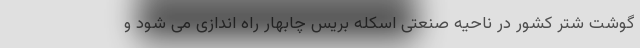
گوشت شتر کشور در ناحیه صنعتی اسکله بریس چابهار راه اندازی می شود و